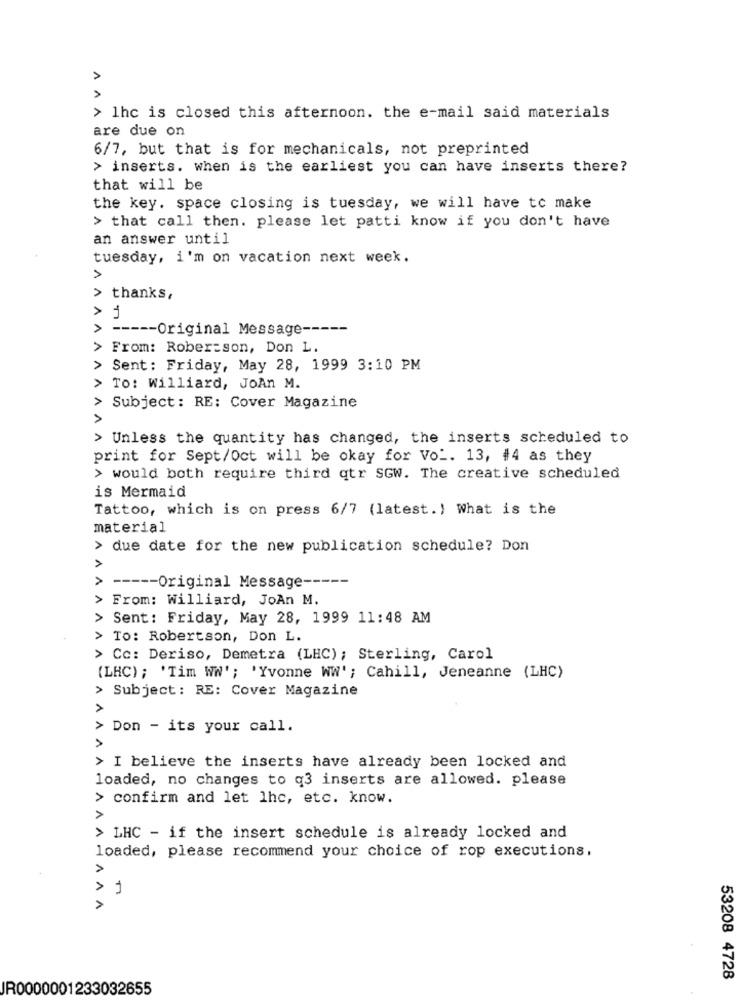
AAA
> Ihc is closed this afternoon. the e-mail said materials
are due on
6/7, but that is for mechanicals, not preprinted
> inserts. when is the earliest you can have inserts there?
that will be
the key. space closing is tuesday, we will have to make
> that call then. please let patti know if you don't have
an answer until
tuesday, i'm on vacation next week.
1
> thanks,
> j
>
----- Original Message -----
> From: Rober:son, Don L.
> Sent: Friday, May 28, 1999 3:10 PM
> To: Williard, JoAn M.
> Subject: RE: Cover Magazine
A
> Unless the quantity has changed, the inserts scheduled to
print for Sept/Oct will be okay for Vol. 13, #4 as they
> would both require third qtr SGW. The creative scheduled
is Mermaid
Tattoo, which is on press 6/7 (latest. ) What is the
material
A
due date for the new publication schedule? Don
>
----- Original Message -----
> From: Williard, JoAn M.
> Sent: Friday, May 28, 1999 11:48 AM
> To: Robertson, Don L.
> Cc: Deriso, Demetra (LHC); Sterling, Carol
(LHC); 'Tim WW'; 'Yvonne WW' ; Cahill, Jeneanne (LHC)
> Subject: RE: Cover Magazine
A
> Don - its your call.
A
> I believe the inserts have already been locked and
loaded, no changes to q3 inserts are allowed. please
> confirm and let lhc, etc. know.
A
> LHC - if the insert schedule is already locked and
loaded, please recommend your choice of rop executions.
AA
A
53208 4728
JR0000001233032655